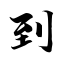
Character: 到